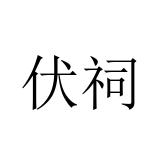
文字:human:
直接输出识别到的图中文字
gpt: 伏祠